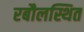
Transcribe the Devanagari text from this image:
रबौलस्थित